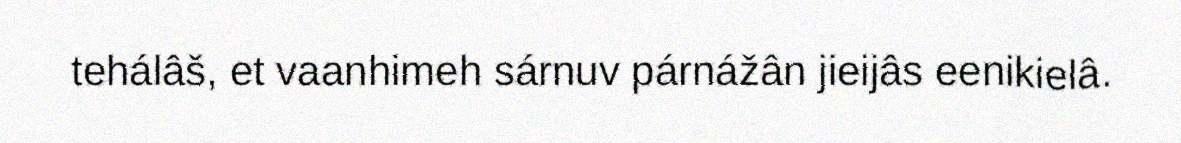
tehálâš, et vaanhimeh sárnuv párnážân jieijâs eenikielâ.